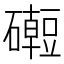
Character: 𥗅